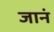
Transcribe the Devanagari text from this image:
जानं